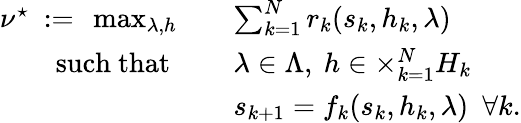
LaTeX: \begin{array}{rl}{\nu^{\star}\ :=\ \operatorname*{max}_{\lambda,h}\quad}&{\sum_{k=1}^{N}r_{k}(s_{k},h_{k},\lambda)}\\ {\mathrm{such~that~}\quad}&{\lambda\in\Lambda,\ h\in\times_{k=1}^{N}H_{k}}\\ &{s_{k+1}=f_{k}(s_{k},h_{k},\lambda)\ \ \forall k.}\end{array}